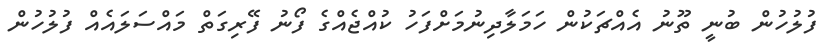
ފުލުހުން ބުނީ ތޫނު އެއްޗަކުން ހަމަލާދިނުމަށްފަހު ކުއްޖެއްގެ ފޯނު ފޭރިގަތް މައްސަލައެއް ފުލުހުން